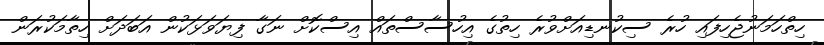
ހިތްހަމަނުޖެހިފައި ހުރެ ސިކުނޑިއަށްވުރެ ހިތުގެ އިހުސާސްތައް އިސްކޮށް ނަގާ ފިޔަވަޅަކުން އަބަދަށް ހިތާމަކުރަން